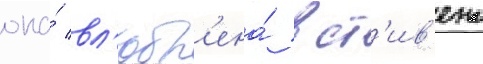
она́ вл'юбл'ена́ в ст'ив'ена